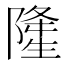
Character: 𨼇